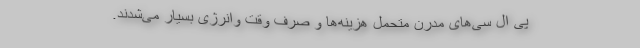
پی ال سی‌­های مدرن متحمل هزینه‌­ها و صرف وقت وانرژی بسیار می­‌شدند.